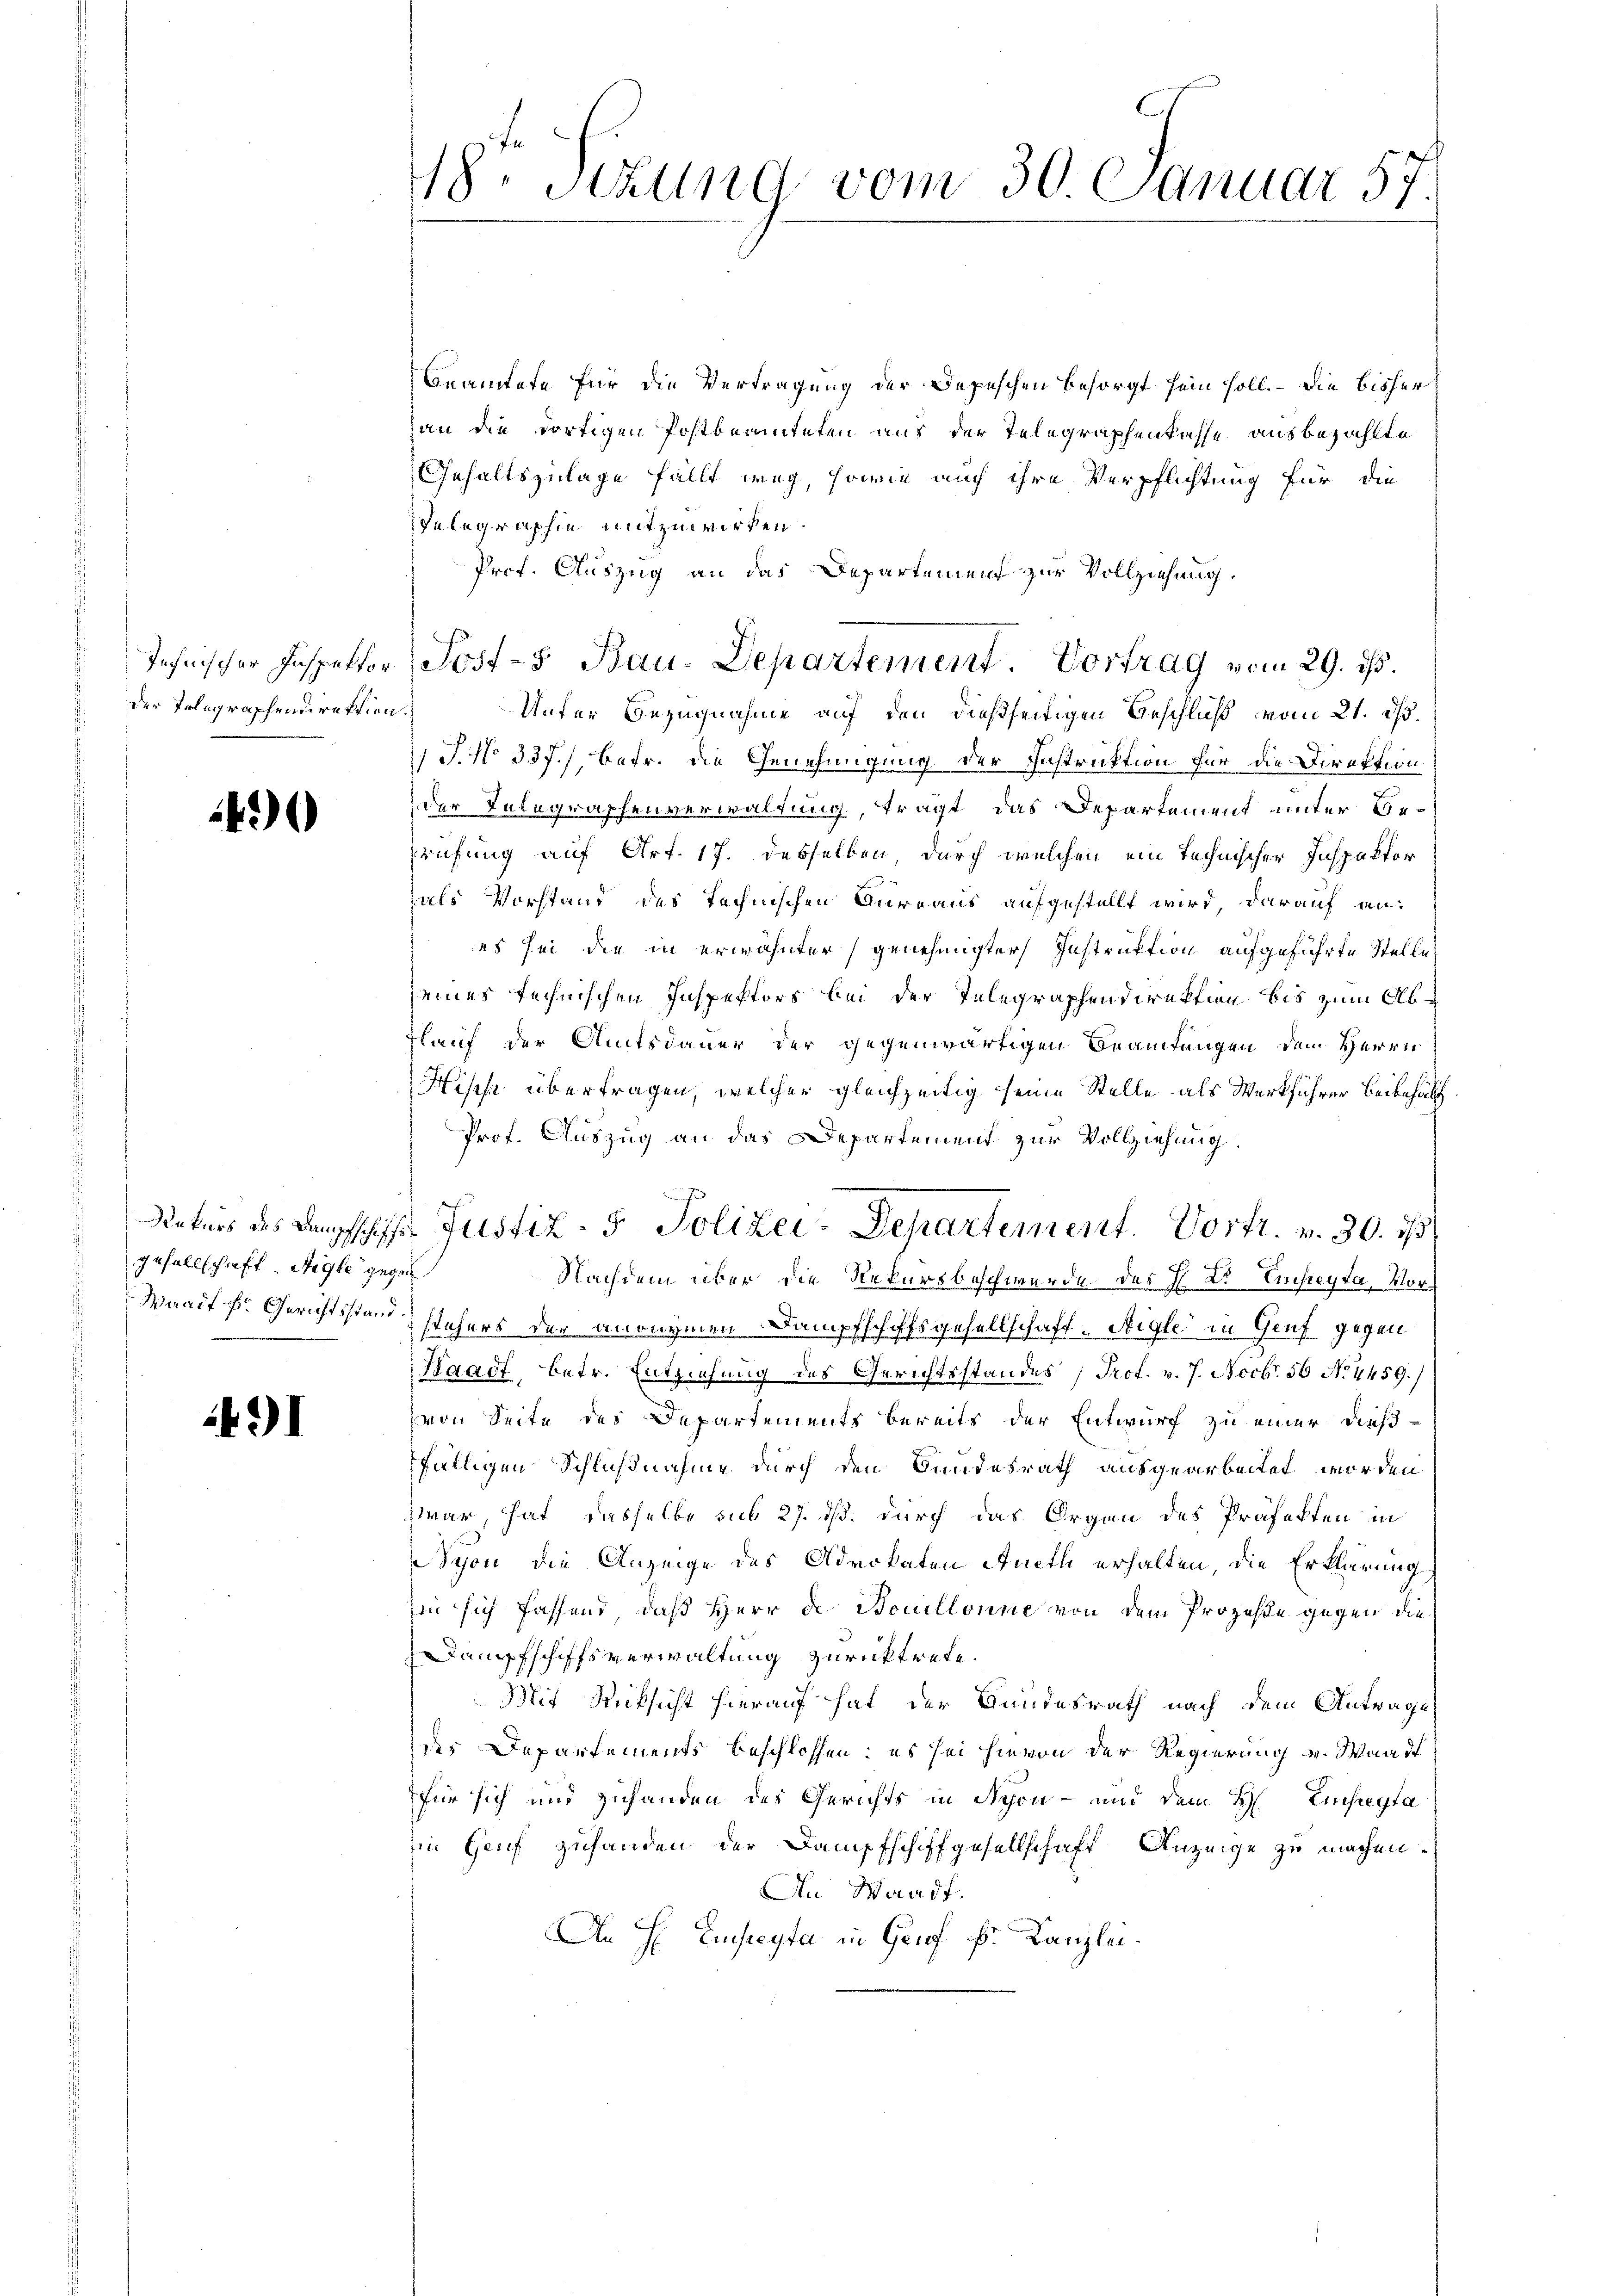
der Tolegraphendirektion.

490

gesellschaft. Aigle gegen

491

18. Setzung vom 30. Januar 57.

beamtete für die Vertragung der Depeschen besorgt sein soll. – Die bisher
an die dortigen Postbeamteten aus der Telegraphenkasse ausbezahlte
Gehaltszulage fällt weg, sowie auch ihre Verpflichtung für die
Telegraphie mitzuwirken.
Prof. Auszug an das Departement zur Vollziehung.
Jehnischer Inspektor (Post-5 Bau-Departement. Vortrag vom 29. ds.
Unter Bezugnahme auf den dießseitigen Geschluß vom 21. ds.
1 J. No 337./, betr. die Genehmigung der Instruktion für die Direktion
der Telegraphenverwaltung, tragt das Departement unter Be-
Prüfung auf Art. 17. desselben, durch welchen ein technischer Inspektor
als Vorstand des technischen Aureaus aufgestellt wird, darauf an:
es sei die in erwähnter genehmigter Instruktion aufgeführte Stelles
seines technischen Inspektors bei der Telegraphendirektion bis zum Ab¬
Flauf der Amtsdauer der gegenwärtigen Beamtungen dem Herrn
Hische übertragen, welcher gleichzeitig seine Stelle als Werkführer Beibehalt
Prof. Auszug an das Departement zur Vollziehung.
Naturs des Langschiffs Justiz- & Polizei-Departement. Vortr. v. 30. 1/3.
Nachdem über die Rekursbeschwerde des H. Dr Emeyta, Mor¬
Waadt E. Gerichtsstand stehers der anonymen Dampfschaftsgesellschaft. Aigle in Genf gegen
Waadt, betr. Entziehung des Gerichtsstandes Prof. v. J. Novbr. 56 No 4459.)
von Seite des Departements bereits der Entwurf zu einer dießfälligen Schlußnahme durch den Bundesrath ausgearbeitet worden
zwar, hat, dasselbe sub 27. ds. durch das Orgen des Präfekten in
Schon die Anzeige des Advokaten Aueth erhalten, die Erklärung,
Ein sich fassend, daß Herr de Bouillonne von dem Prozeße gegen die
Dampfschiffsverwaltung zurücktrete.
Mit Rücksicht hierauf hat der Bundesrath nach dem Antrage
des Departements beschlossen: es sei hievon der Regierung v. Waadt
für sich und zuhanden des Gerichts in Schön - und dem H. Einfreyta
Ein Genf zuhanden der Dampfschiffgesellschaft Anzeige zu machen.
An Waadt.
An H. Eifreyta in Genf fr. Kanzlei.